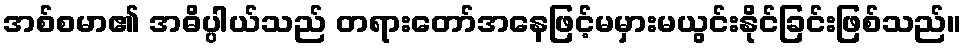
အစ်စမာ၏ အဓိပ္ပါယ်သည် တရားတော်အနေဖြင့်မမှားမယွင်းနိုင်ခြင်းဖြစ်သည်။